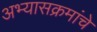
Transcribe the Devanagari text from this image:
अभ्‍यासक्रमांचे